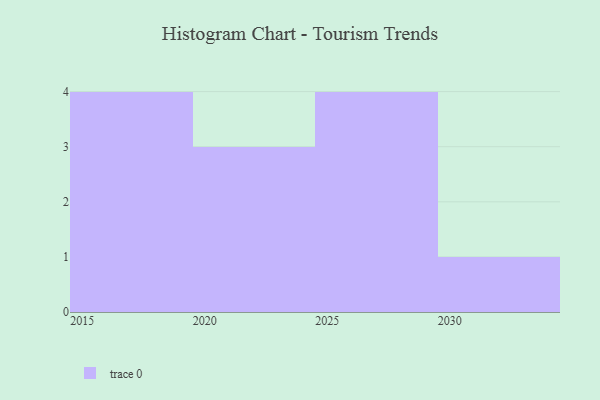
{"axis": {"x": "Year", "y": "LTV (USD)"}, "legend": [""], "data": [{"x": "2028", "y": 46, "type": ""}, {"x": "2017", "y": 59, "type": ""}, {"x": "2022", "y": 94, "type": ""}, {"x": "2021", "y": 38, "type": ""}, {"x": "2019", "y": 22, "type": ""}, {"x": "2016", "y": 70, "type": ""}, {"x": "2024", "y": 86, "type": ""}, {"x": "2030", "y": 23, "type": ""}, {"x": "2029", "y": 74, "type": ""}, {"x": "2027", "y": 97, "type": ""}, {"x": "2026", "y": 59, "type": ""}, {"x": "2018", "y": 39, "type": ""}]}